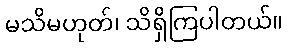
မသိမဟုတ်၊ သိရှိကြပါတယ်။